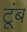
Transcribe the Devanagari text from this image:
टूंब